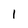
Character: 1